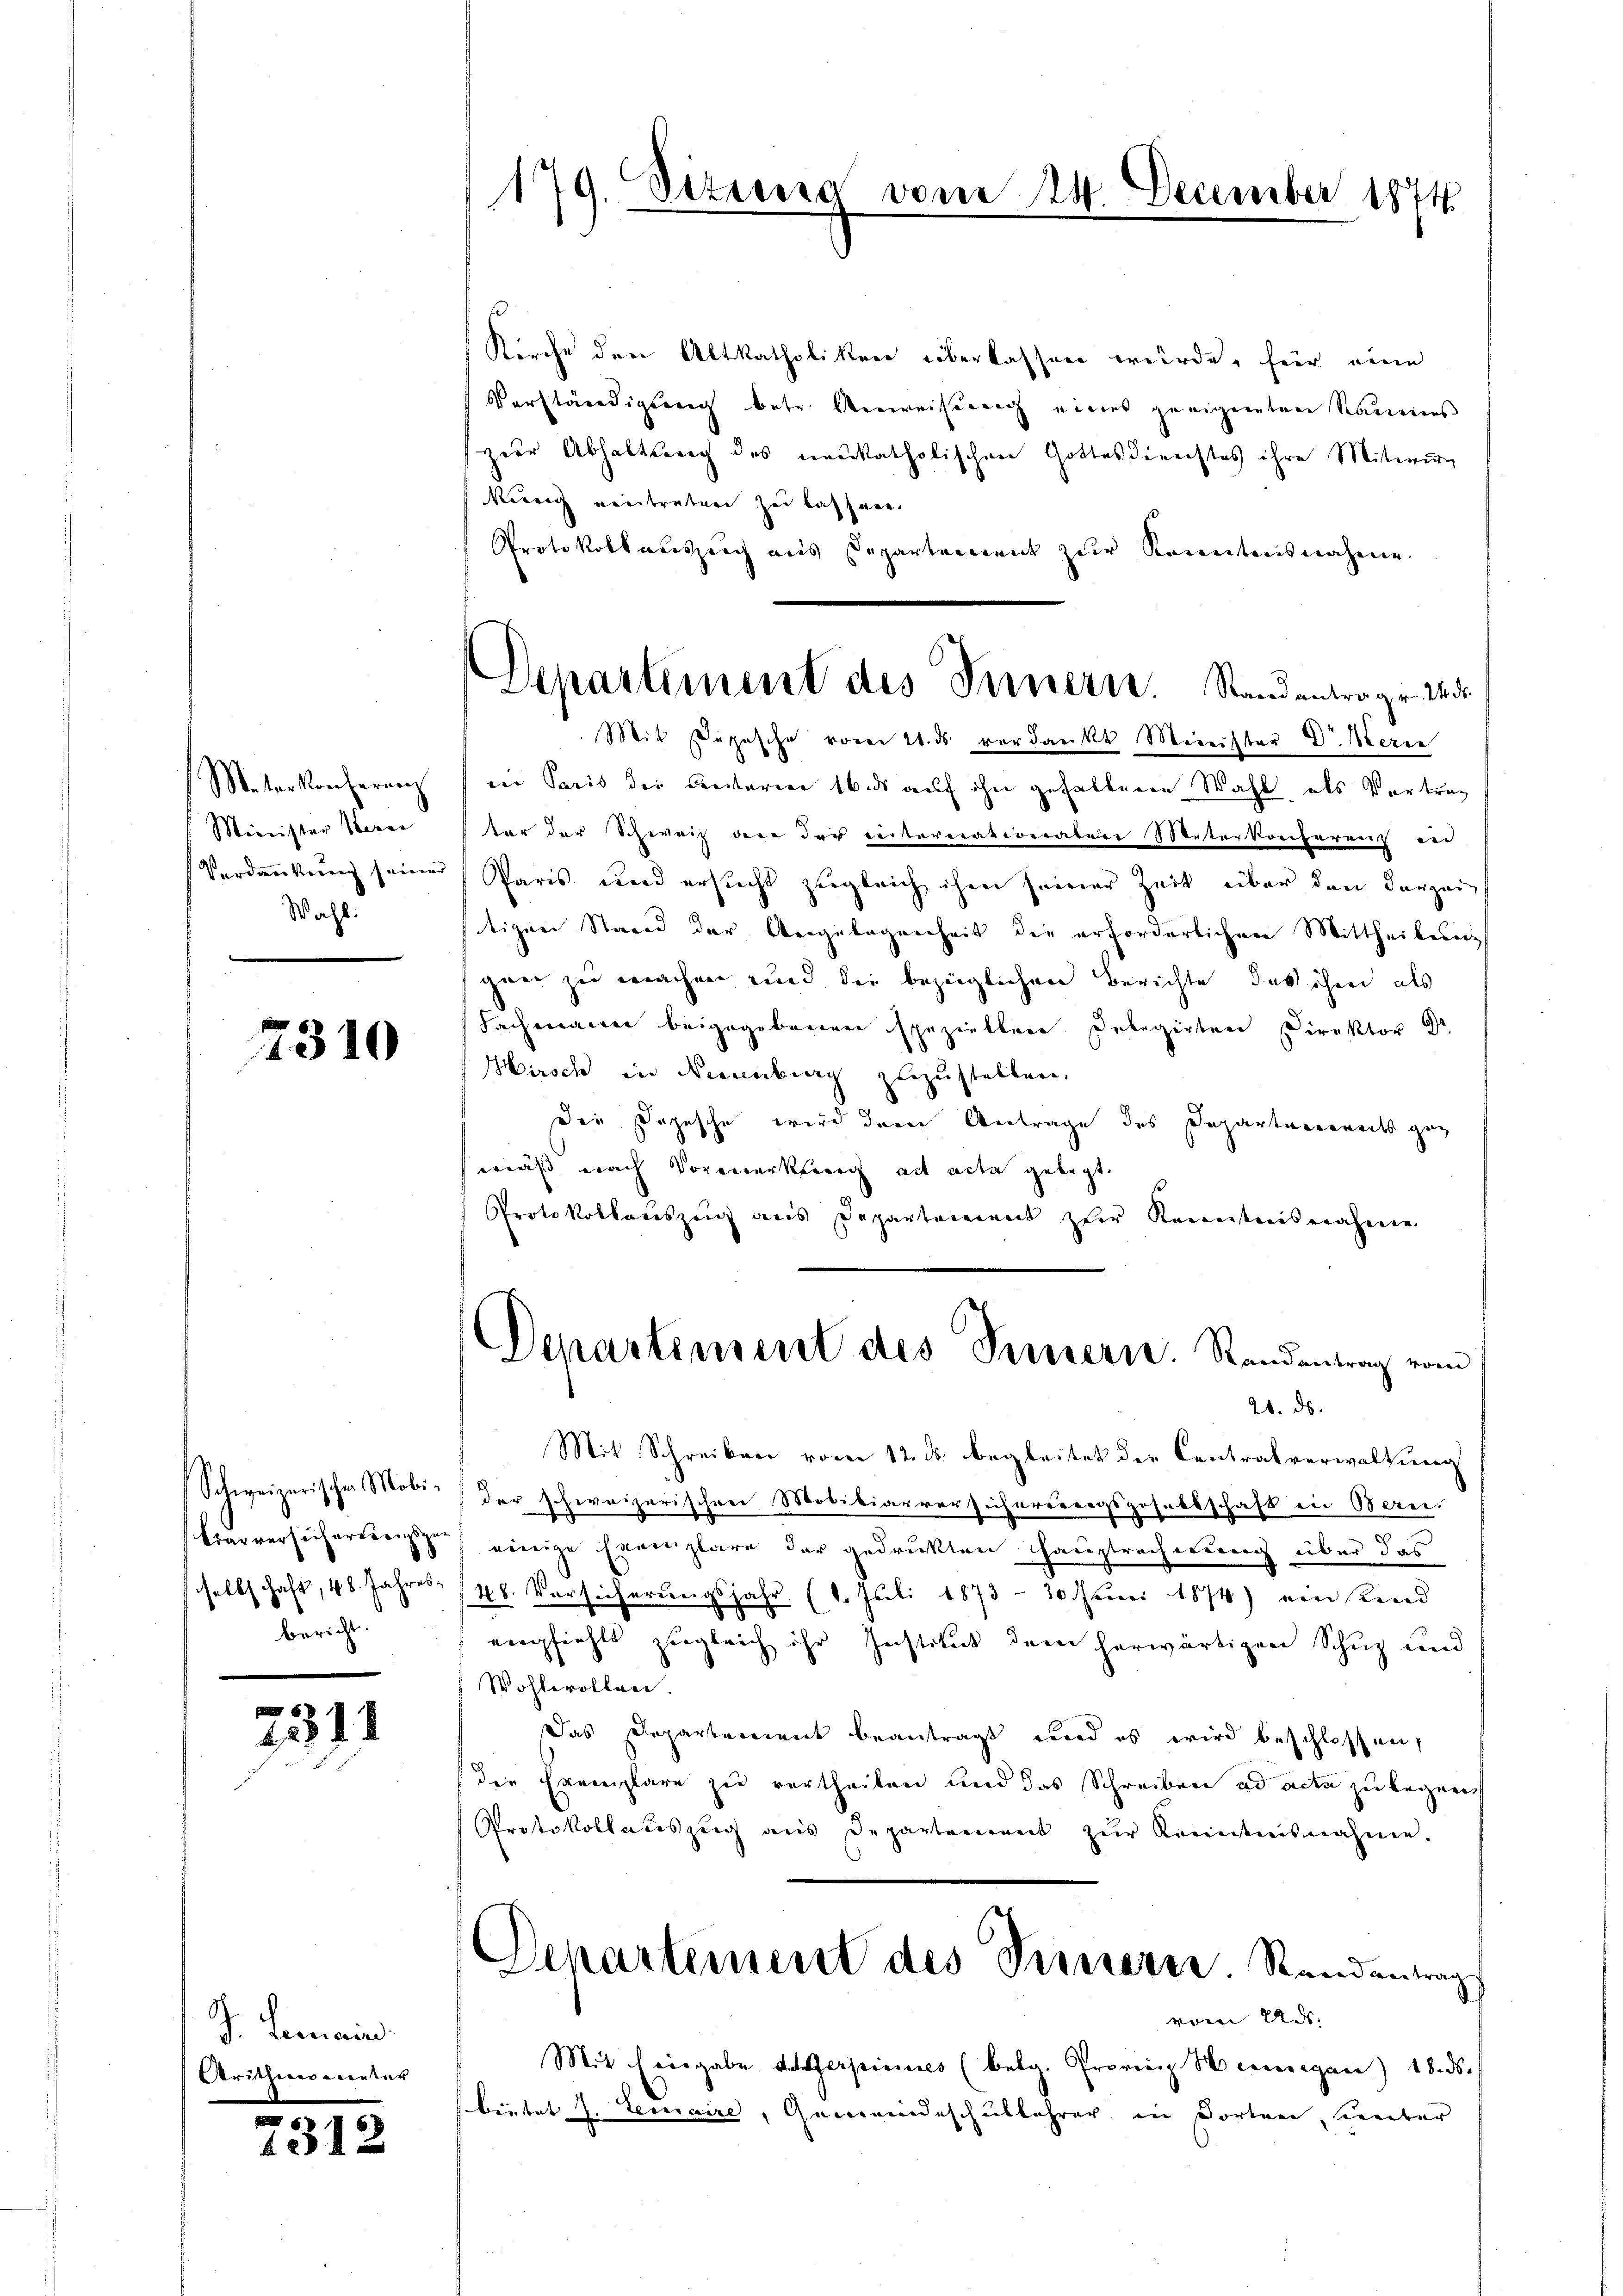
Meterkonferenz
Minister Seren
Verdankung seiner
Wahl.

2310

Schweizerischen Mobi-
Ciarversich ertrengsgesellschaft, 48. Jahresbericht.

n
1311

F. Gemein
Aritherer verter

7312

179. Sizina

Departement des Innern. Standentrag v. M. di
Mit Depesche vom 21. ds verdankt Meinister Dr. Werne

Kirche den Altkatholiker überlassen würde, für eine
Verständigung betr. Anweiserung eines geeigneten Raumens
zier Abhaltung des neukatholischen Gottesdienstes ihre Mitwirg
kereich neintreten zu lassen.
Protokoll auszeich aus Departement zur Kenntnisnahme.
der Paris der Besterien 16 ds auf ihn gehaltenen Wahl, als Vertrag
für der Schweiz an der Reiternationalere Meterkonferenz und
Paris wird ersucht zugleich ihm seiner Zeit über den derzeig
ftigen Stand der Angelegenheit die erforderlichen Mittheilungs
gaer zu machen und die bezüglichen Berichte das ihm als
Fachmann beigegebenen speziellere Debegirten Direktor Dr
Hirsch in Neuenburg zuzustellen,
Die Depesche wird dem Antrage des Departennereits geg
mäß nach Vormerkherig ad acta gelegt.
Protokollauszug aus Departenannt zur Kenntnisnahmen.
Departement des Innern. Randantrag vom
21. ds.
Mit Schreiben vom 12. ds. begleitet der Centralverwaltung
der schweizerischen Mobikiarversicherberegsgesellschaft in Berei.
einige Exemplare der gedruckten Hauptrecherung über das
48. Vorsicherungsjahr (1. Juli 1873 - 10. Neuni 1874) ein und
empfiehts zugleich ihr Institut dem herwärtigen Schuz und
Wohlerollen.
Das Departement beantragt und es wird beschlossen,
die Exemplare zu vertheilen und das Schreiben ad acta zu legen
Protokollauszeig aus Departement zŭr Kenntnisnahme.
s
Departement des Prisern. Standentrag
vom 22.
Mit hiergabe des Gespicines (belg. Provinz Hergan) 18. ds.
bietet J. Lemaire, Gemeindeschullehrer in Dorten seinter

vom 14. December 1874